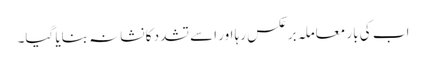
اب کی بار معاملہ برعکس رہا اور اسے تشدد کا نشانہ بنایا گیا۔